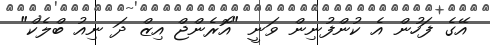
އޭގެ ފަހުން އެ ކުންފުނިން ވަނީ "އޮރެންޖް އިޒް ދަ ނިއު ބްލެކް"